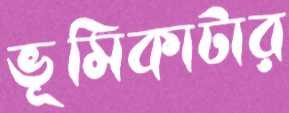
ভূমিকাটার